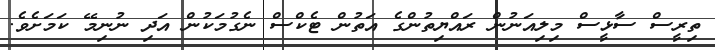
ތިރީސް ސާޅީސް މިލިއަނުން ރައްޔިތުންގެ އަތުން ޓެކްސް ނެގުމަކުން އަދި ނުނިމޭ ކަމަށެވެ.